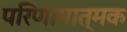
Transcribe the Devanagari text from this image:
परिणामात्‍मक